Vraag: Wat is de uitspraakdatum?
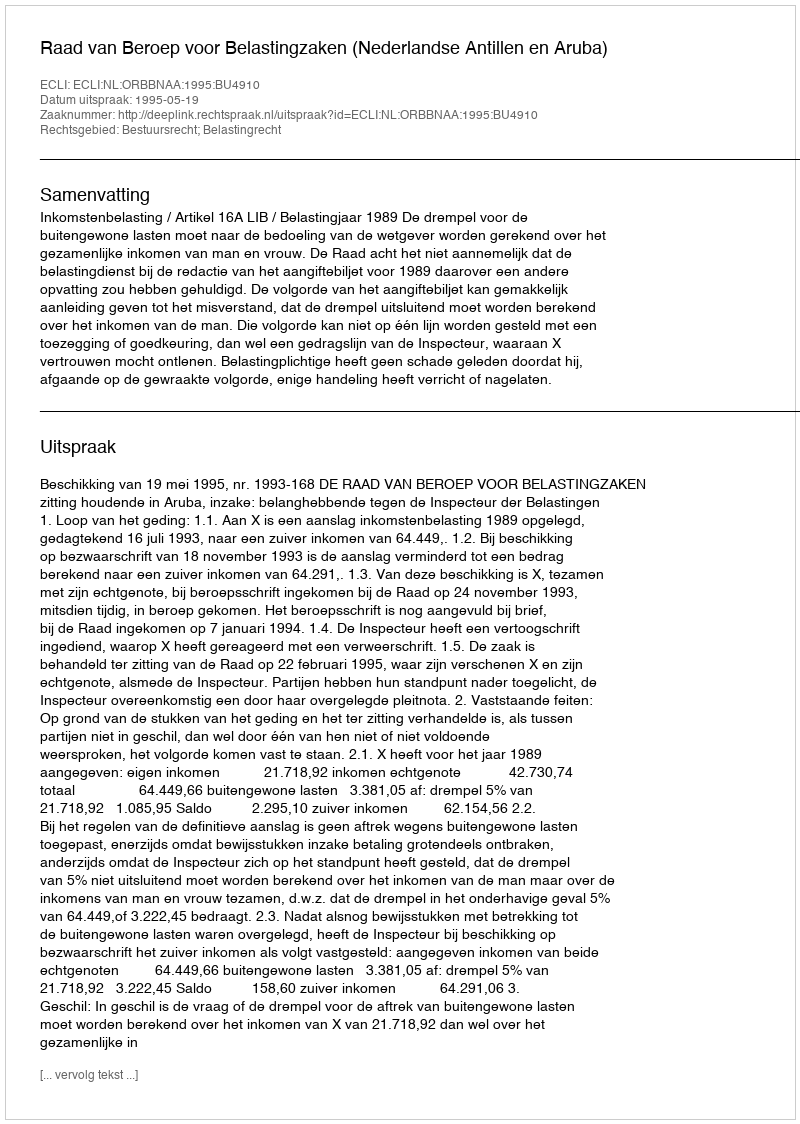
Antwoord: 1995-05-19